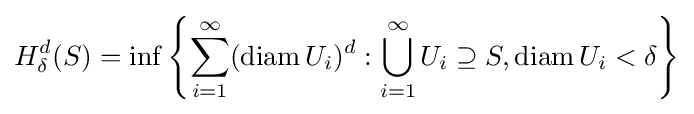
H_{\delta }^{d}(S)=\inf \left\{\sum _{i=1}^{\infty }(\operatorname {diam} U_{i})^{d}:\bigcup _{i=1}^{\infty }U_{i}\supseteq S,\operatorname {diam} U_{i}<\delta \right\}